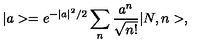
| a > = e ^ { - | a | ^ { 2 } / 2 } \sum _ { n } \frac { a ^ { n } } { \sqrt { n ! } } | N , n > ,